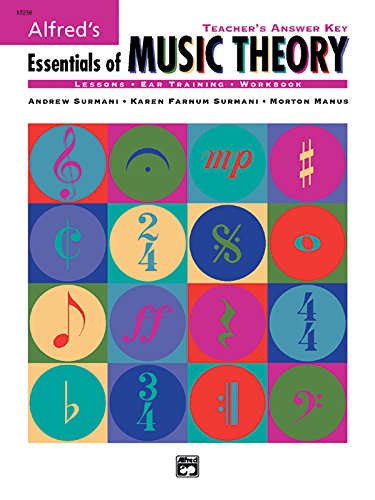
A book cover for Essentials of Music Theory: Teacher's Answer Key Book; Andrew Surmani; Arts & Photography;